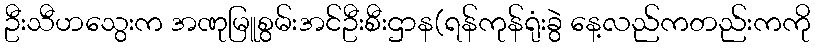
ဦးသီဟသွေးက အဏုမြူစွမ်းအင်ဦးစီးဌာန(ရန်ကုန်ရုံးခွဲ နေ့လည်ကတည်းကကို